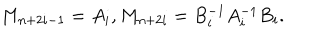
M _ { n + 2 i - 1 } = A _ { i } , M _ { n + 2 i } = B _ { i } ^ { - 1 } A _ { i } ^ { - 1 } B _ { i } .